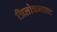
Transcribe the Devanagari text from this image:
त्रिलोचनघाट